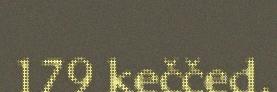
179 keččed.